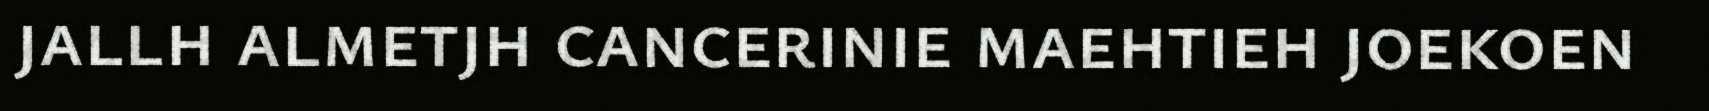
jallh almetjh cancerinie maehtieh joekoen